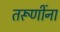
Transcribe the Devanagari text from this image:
तरूणींना